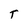
Character: T